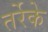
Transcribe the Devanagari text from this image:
तर्रेके